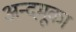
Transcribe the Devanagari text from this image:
अन्दमूका